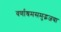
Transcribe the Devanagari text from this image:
वर्णाश्रमसमुद्भजवा